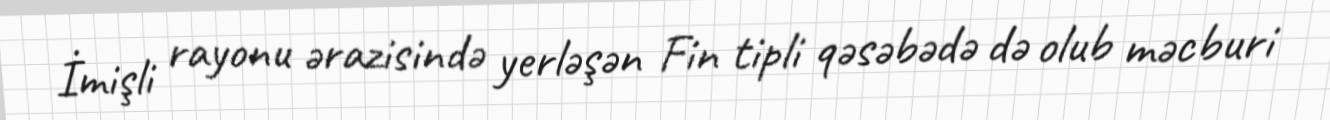
İmişli rayonu ərazisində yerləşən Fin tipli qəsəbədə də olub məcburi